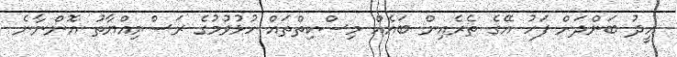
އީދު ބަންދަށް ފަހު އޭގެ ތެރެއިން ބައެއް މިސްކިތްތައް ހުޅުވުމުގެ ރަސްމިއްޔާތު އޮންނާނެ